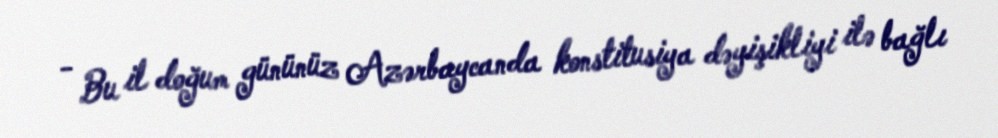
- Bu il doğum gününüz Azərbaycanda konstitusiya dəyişikliyi ilə bağlı